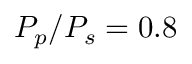
P _ { p } / P _ { s } = 0 . 8